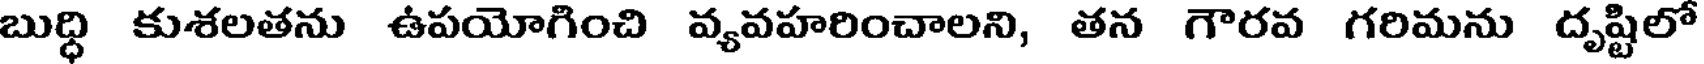
బుద్ధి కుశలతను ఉపయోగించి వ్యవహరించాలని, తన గౌరవ గరిమను దృష్టిలో